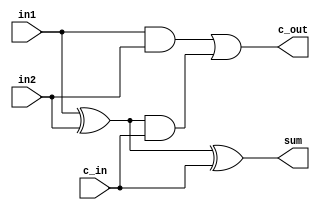
module fulladder(c_in, in1, in2, sum, c_out);

	input c_in, in1, in2;
	output sum, c_out;
	
	wire w1, w2, w3;
	
	// Standard circuit for full adder
	xor xor_1(w1, in1, in2);
	xor sumBit(sum, w1, c_in);
	
	and and_1(w2, in1, in2);
	and and_2(w3, w1, c_in);
	
	or cOut(c_out, w2, w3);
	

endmodule